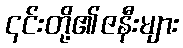
၎င်းတို့၏ဇနီးများ